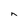
Character: n